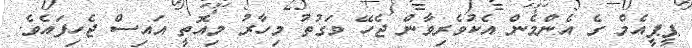
ޕީޕީއެމް ގެ އެންމެން އެކުވެރިވާން ޖެހޭ ވަގުތު މިހާރު މިއޮތީ އައިސް ޖެހިފައެވެ.